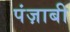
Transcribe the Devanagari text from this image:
पंज़ाबी